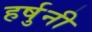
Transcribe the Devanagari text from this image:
हर्षुनी